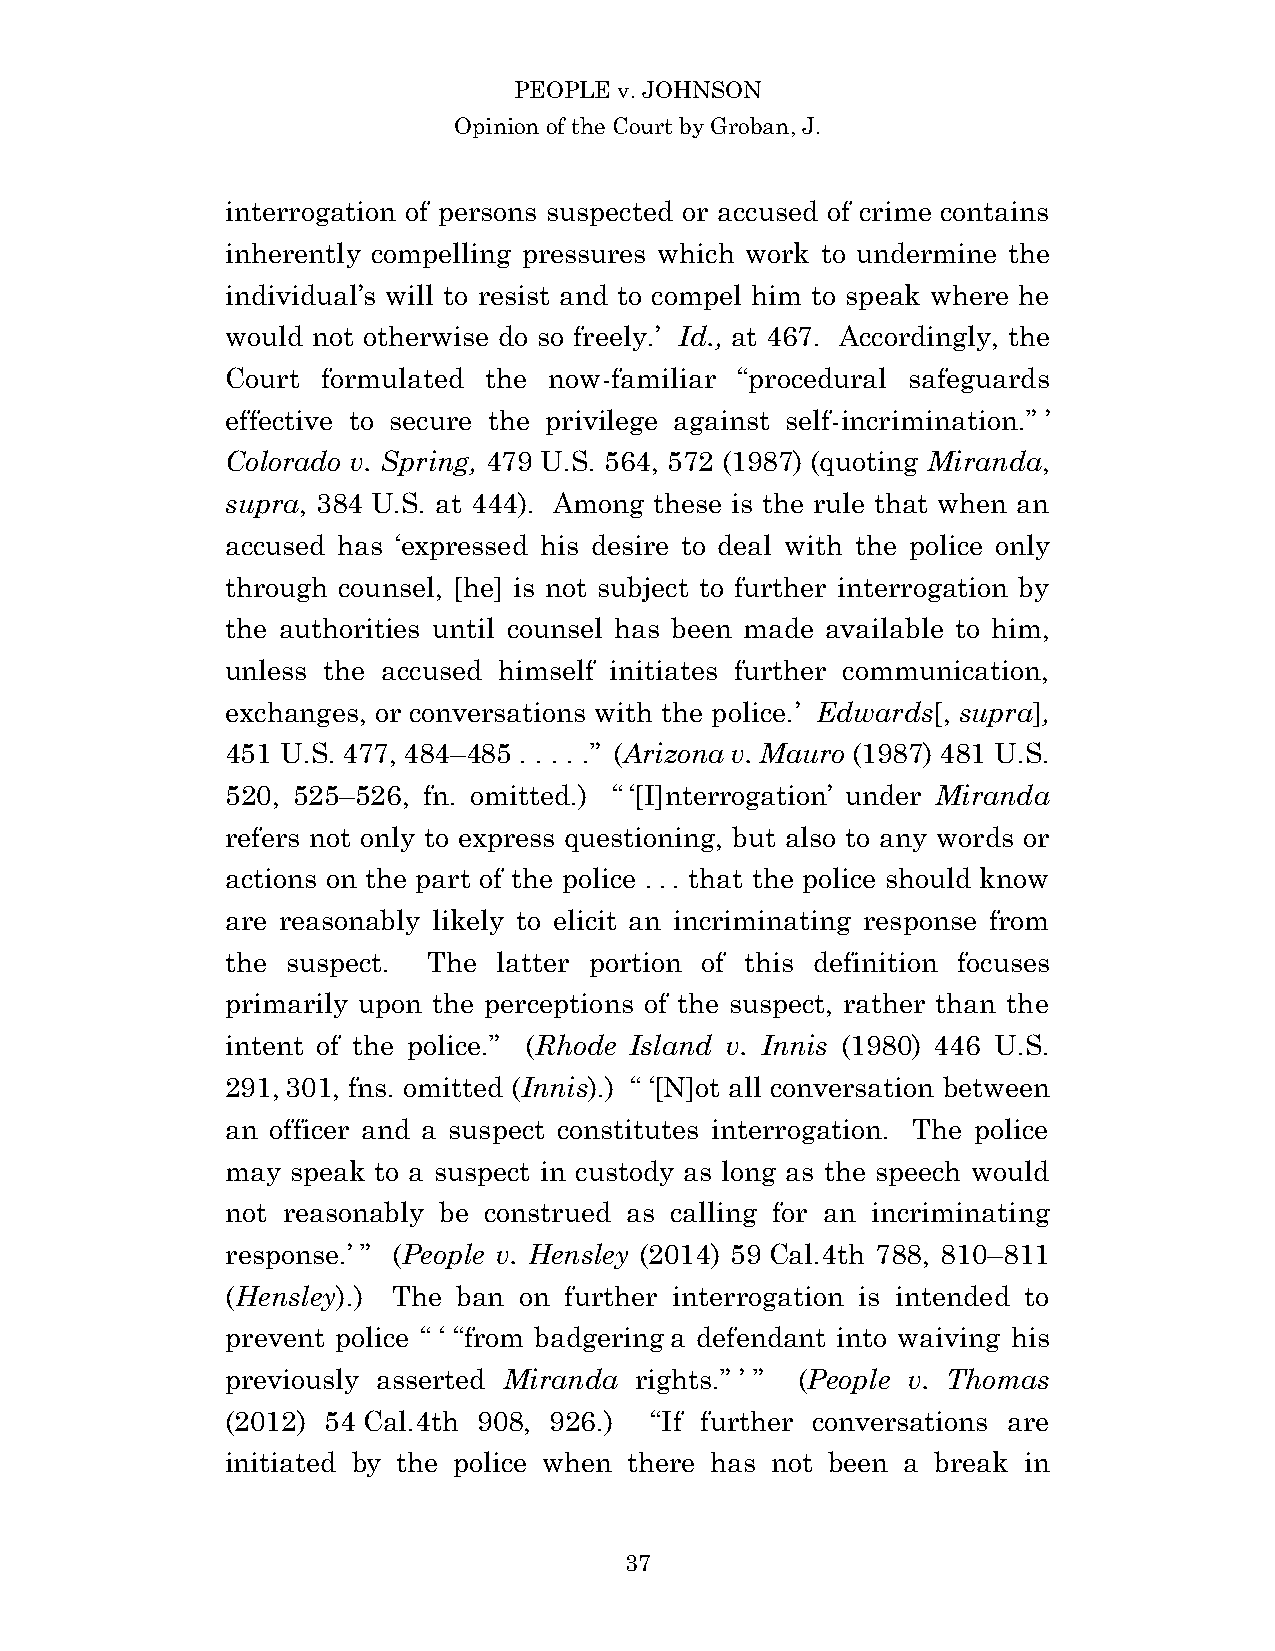
PEOPLE v. JOHNSON
 Opinion of the Court by Groban, J.
 interrogation of persons suspected or accused of crime contains
 inherently compelling pressures which work to undermine the
 individual’s will to resist and to compel him to speak where he
 would not otherwise do so freely.’ Id., at 467. Accordingly, the
 Court formulated the now-familiar “procedural safeguards
 effective to secure the privilege against self-incrimination.” ’
 Colorado v. Spring, 479 U.S. 564, 572 (1987) (quoting Miranda,
 supra, 384 U.S. at 444). Among these is the rule that when an
 accused has ‘expressed his desire to deal with the police only
 through counsel, [he] is not subject to further interrogation by
 the authorities until counsel has been made available to him,
 unless the accused himself initiates further communication,
 exchanges, or conversations with the police.’ Edwards[, supra],
 451 U.S. 477, 484–485 . . . . .” (Arizona v. Mauro (1987) 481 U.S.
 520, 525–526, fn. omitted.) “ ‘[I]nterrogation’ under Miranda
 refers not only to express questioning, but also to any words or
 actions on the part of the police . . . that the police should know
 are reasonably likely to elicit an incriminating response from
 the suspect. The  latter portion of this definition focuses
 primarily upon the perceptions of the suspect, rather than the
 intent of the police.” (Rhode Island v. Innis (1980) 446 U.S.
 291, 301, fns. omitted (Innis).) “ ‘[N]ot all conversation between
 an officer and a suspect constitutes interrogation. The police
 may speak to a suspect in custody as long as the speech would
 not reasonably be construed as calling for an incriminating
 response.’ ” (People v. Hensley (2014) 59 Cal.4th 788, 810–811
 (Hensley).) The ban on further interrogation is intended to
 prevent police “ ‘ “from badgering a defendant into waiving his
 previously asserted Miranda rights.” ’ ” (People v. Thomas
 (2012) 54 Cal.4th 908, 926.) “If further conversations are
 initiated by the police when there has not been a break in
 3 7